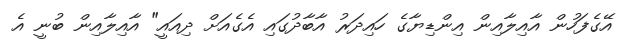
އޭގެފަހުން އާއިލާއިން އިންޑިޔާގެ ހައިދަރު އާބާދުގައި އެގެއަށް ދިއައީ" އާއިލާއިން ބުނީ އެ